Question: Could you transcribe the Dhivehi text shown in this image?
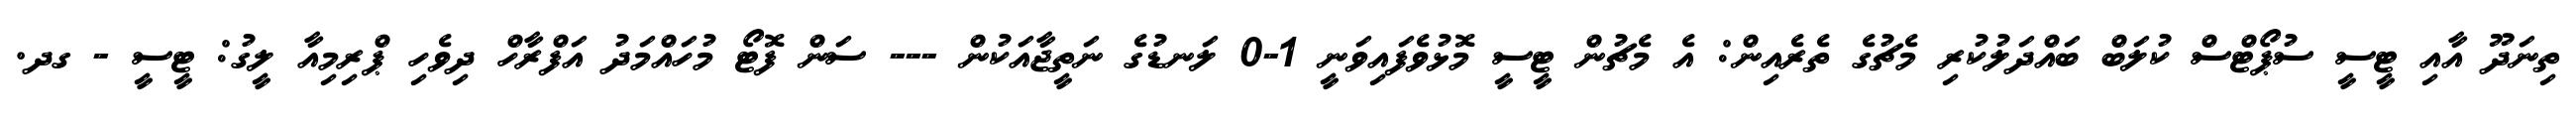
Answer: ތިނަދޫ އާއި ޓީސީ ސުޕޯޓްސް ކުލަބް ބައްދަލުކުރި މެޗުގެ ތެރެއިން: އެ މެޗުން ޓީސީ މޮޅުވެފައިވަނީ 1-0 ލަނޑުގެ ނަތީޖާއަކުން --- ސަން ފޮޓޯ މުހައްމަދު އަފްރާހް ދިވެހި ޕްރިމިއާ ލީގު: ޓީސީ - ގދ.